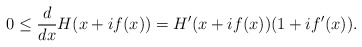
\begin{align*}0\le\frac{d}{dx}H(x+if(x))=H'(x+if(x))(1+if'(x)).\end{align*}